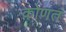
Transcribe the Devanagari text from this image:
कोणतं